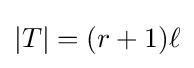
|T|=(r+1)\ell